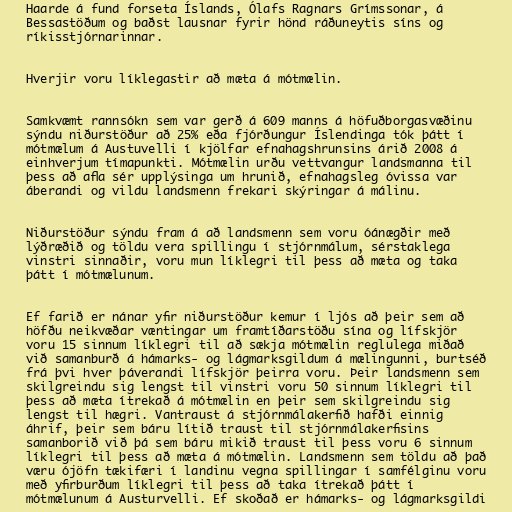
Haarde á fund forseta Íslands, Ólafs Ragnars Grímssonar, á
Bessastöðum og baðst lausnar fyrir hönd ráðuneytis síns og
ríkisstjórnarinnar.

Hverjir voru líklegastir að mæta á mótmælin.

Samkvæmt rannsókn sem var gerð á 609 manns á höfuðborgasvæðinu
sýndu niðurstöður að 25% eða fjórðungur Íslendinga tók þátt í
mótmælum á Austuvelli í kjölfar efnahagshrunsins árið 2008 á
einhverjum tímapunkti. Mótmælin urðu vettvangur landsmanna til
þess að afla sér upplýsinga um hrunið, efnahagsleg óvissa var
áberandi og vildu landsmenn frekari skýringar á málinu.

Niðurstöður sýndu fram á að landsmenn sem voru óánægðir með
lýðræðið og töldu vera spillingu í stjórnmálum, sérstaklega
vinstri sinnaðir, voru mun líklegri til þess að mæta og taka
þátt í mótmælunum.

Ef farið er nánar yfir niðurstöður kemur í ljós að þeir sem að
höfðu neikvæðar væntingar um framtíðarstöðu sína og lífskjör
voru 15 sinnum líklegri til að sækja mótmælin reglulega miðað
við samanburð á hámarks- og lágmarksgildum á mælingunni, burtséð
frá þvi hver þáverandi lífskjör þeirra voru. Þeir landsmenn sem
skilgreindu sig lengst til vinstri voru 50 sinnum líklegri til
þess að mæta ítrekað á mótmælin en þeir sem skilgreindu sig
lengst til hægri. Vantraust á stjórnmálakerfið hafði einnig
áhrif, þeir sem báru lítið traust til stjórnmálakerfisins
samanborið við þá sem báru mikið traust til þess voru 6 sinnum
líklegri til þess að mæta á mótmælin. Landsmenn sem töldu að það
væru ójöfn tækifæri í landinu vegna spillingar í samfélginu voru
með yfirburðum líklegri til þess að taka ítrekað þátt í
mótmælunum á Austurvelli. Ef skoðað er hámarks- og lágmarksgildi